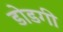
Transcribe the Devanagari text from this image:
डोडगी